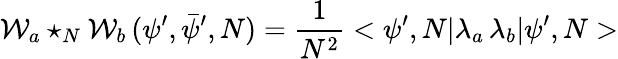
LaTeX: {\cal W}_{a}\star_{N}{\cal W}_{b}\, (\psi^{\prime},\bar{\psi}^{\prime},N)=\frac{1}{N^{2}}<\psi^{\prime},N|\lambda_{a}\, \lambda_{b}|\psi^{\prime},N>